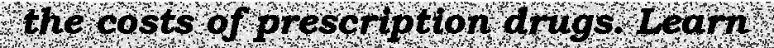
the costs of prescription drugs. Learn